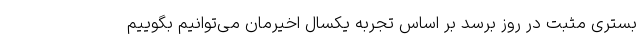
بستری مثبت در روز برسد بر اساس تجربه یکسال اخیرمان می‌توانیم بگوییم